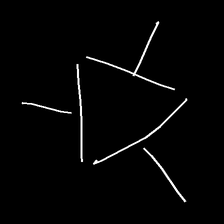
Glyph: fire